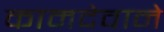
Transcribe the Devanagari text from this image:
कामदेवाने